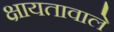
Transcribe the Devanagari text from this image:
क्षायतावाले